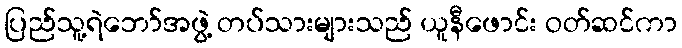
ပြည်သူ့ရဲဘော်အဖွဲ့ တပ်သားများသည် ယူနီဖောင်း ဝတ်ဆင်ကာ